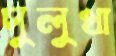
দুলুখা